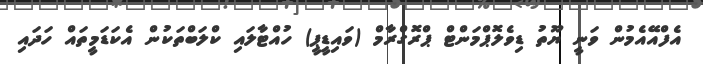
އެފްއޭއެމުން ވަނީ ޔޫތު ޑިވެލޮޕްމަންޓް ޕްރޮގްރާމް (ވައިޑީޕީ) ހުއްޓާލައި ކްލަބްތަކުން އެކަޑަމީތައް ހަދައި